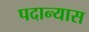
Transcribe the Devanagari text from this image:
पदान्यास